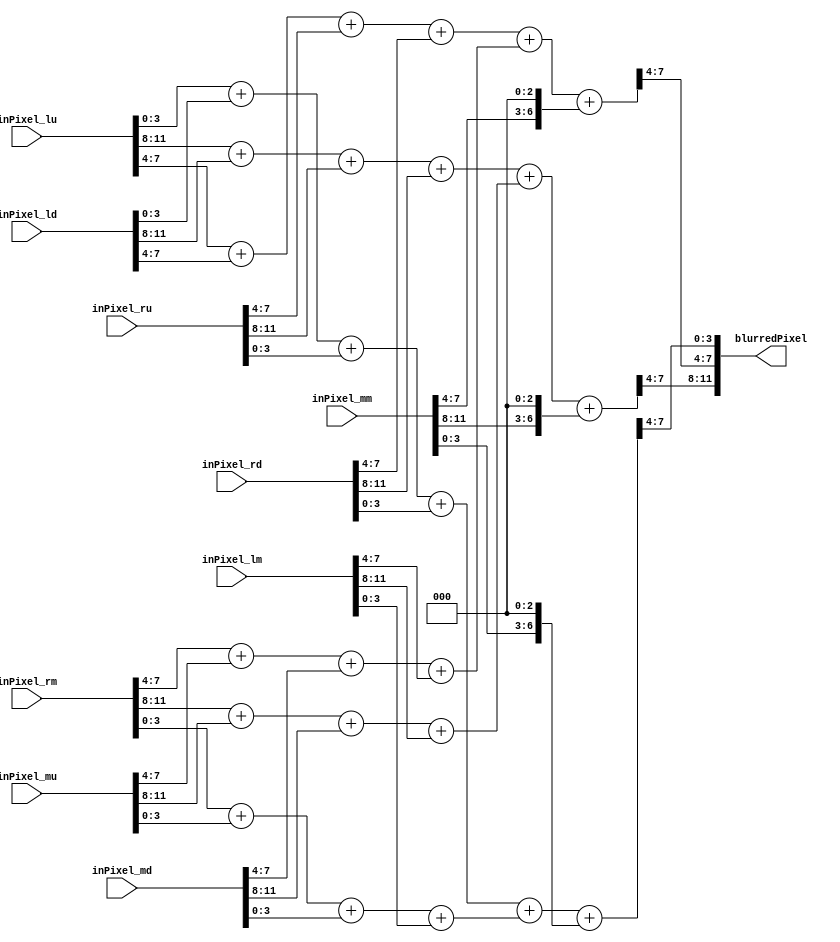
module Average3x3(
    input [11:0]  inPixel_lu,
    input [11:0]  inPixel_lm,
    input [11:0]  inPixel_ld,
    input [11:0]  inPixel_mu,
    input [11:0]  inPixel_mm,
    input [11:0]  inPixel_md,
    input [11:0]  inPixel_ru,
    input [11:0]  inPixel_rm,
    input [11:0]  inPixel_rd,
    
    output [11:0] blurredPixel
    );
    genvar i;
    wire [17:0] cornerPixels;   // 3 pixels, 6 bits each (F*4 << 0 == 0x3C)
    wire [17:0] edgePixels;     // 3 pixels, 6 bits each (F*4 << 0 == 0x3C)
    wire [20:0] middlePixel;    // 3 pixels, 7 bits each (F   << 3 == 0x78)
    wire [8*3-1:0] addVal;      // 3 pixels, 8 bits each (0x3C + 0x78 _ 0x3C == 0xF0)
    // for this kernel, I actually add 1 to every addition.  Without doing this the image ends up darker for some reason
    generate
        for (i = 0; i < 3; i=i+1) begin
            // just add the corners together
            assign cornerPixels[6*(i+1)-1:6*i] = inPixel_lu[4*(i+1)-1:4*i] +
                                                 inPixel_ld[4*(i+1)-1:4*i] +
                                                 inPixel_ru[4*(i+1)-1:4*i] +
                                                 inPixel_rd[4*(i+1)-1:4*i];
            // just add the edges
            assign edgePixels[6*(i+1)-1:6*i]   = {inPixel_rm[4*(i+1)-1:4*i] +
                                                  inPixel_mu[4*(i+1)-1:4*i] +
                                                  inPixel_md[4*(i+1)-1:4*i] +
                                                  inPixel_lm[4*(i+1)-1:4*i]};

            // multiply by 8, left shift three times
            assign middlePixel[7*(i+1)-1:7*i]  = {inPixel_mm[4*(i+1)-1:4*i] , 3'b000};

            // add these all up
            assign addVal[8*(i+1)-1:8*i] = cornerPixels[6*(i+1)-1:6*i] + edgePixels[6*(i+1)-1:6*i] + middlePixel[7*(i+1)-1:7*i];

            // divide by 16, right shift by 4 (take upper 4 bits of each pixel), if MSB == 1, we overflowed, just set as max pixel value
            assign blurredPixel[4*(i+1)-1:4*i] = addVal[8*(i+1)-1:8*i + 4];
        end
    endgenerate
endmodule